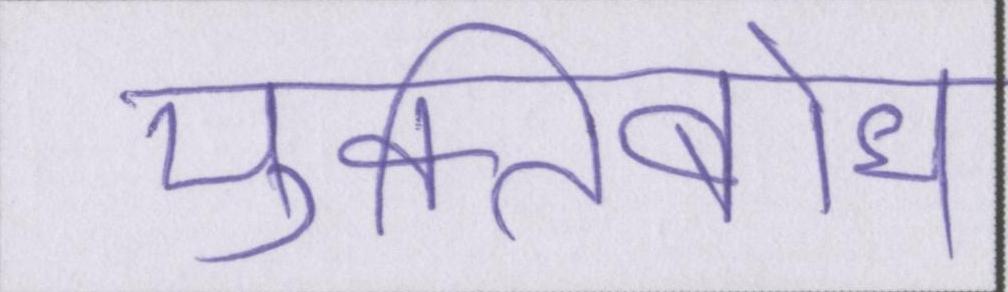
मुक्तिबोध